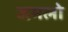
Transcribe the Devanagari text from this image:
जमलो